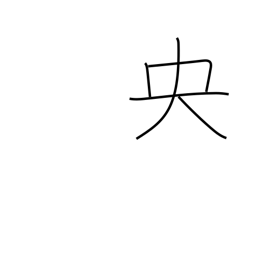
Meaning: middle